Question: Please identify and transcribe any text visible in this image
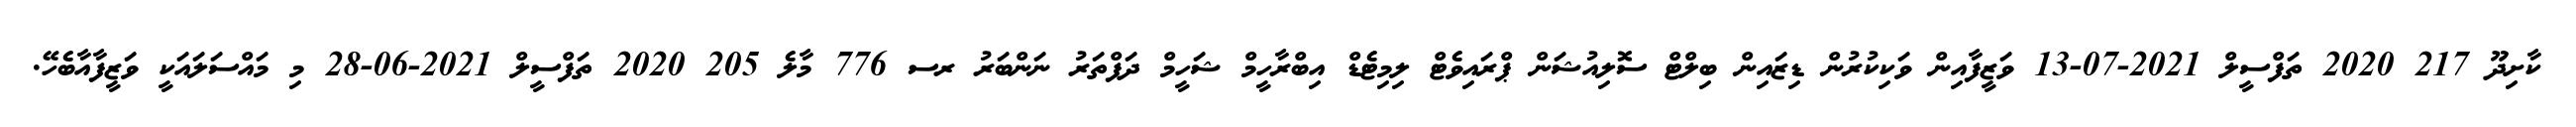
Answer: ކާށިދޫ 217 2020 ތަފްސީލް 2021-07-13 ވަޒީފާއިން ވަކިކުރުން ޑިޒައިން ބިލްޓް ސޮލިއުޝަން ޕްރައިވެޓް ލިމިޓެޑް އިބްރާހީމް ޝަހީމް ދަފްތަރު ނަންބަރު ރސ 776 މާލެ 205 2020 ތަފްސީލް 2021-06-28 މި މައްސަލައަކީ ވަޒީފާއާބެހޭ.